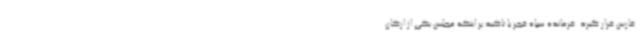
فارس قرار گیرد. فرمانده سپاه فجر با تاکید بر اینکه مجلس یکی از ارکان